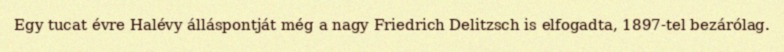
Egy tucat évre Halévy álláspontját még a nagy Friedrich Delitzsch is elfogadta, 1897-tel bezárólag.